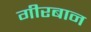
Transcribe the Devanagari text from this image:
गीरबान